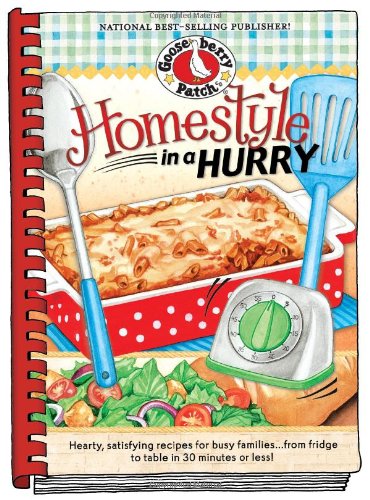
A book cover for Homestyle in a Hurry (Everyday Cookbook Collection); Gooseberry Patch; Cookbooks, Food & Wine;